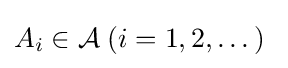
A_{i}\in {\mathcal {A}}\;(i=1,2,\dotsc )\